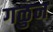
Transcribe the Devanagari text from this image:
गळुन